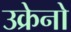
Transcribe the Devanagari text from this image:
उक्रेनो